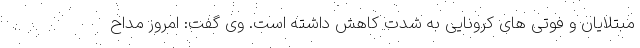
مبتلایان و فوتی های کرونایی به شدت کاهش داشته است. وی گفت: امروز مداح